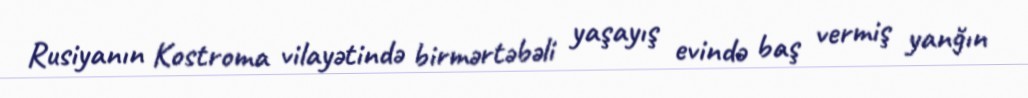
Rusiyanın Kostroma vilayətində birmərtəbəli yaşayış evində baş vermiş yanğın